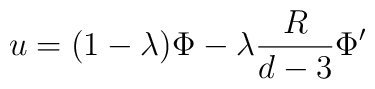
u = (1-\lambda) \Phi - \lambda \frac{R}{d-3} \Phi'